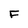
Character: F